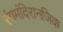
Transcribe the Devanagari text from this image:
रंगमंदिरानजिक